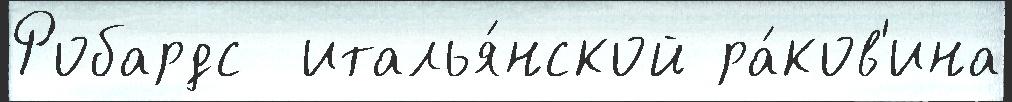
Робардс  италья́нской ра́ков'ина